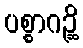
ပစ္စာဂဉ္ဆိ